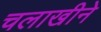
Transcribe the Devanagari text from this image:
चलाखीने